Senior Leaving Certificate Examination (including Day School Certificate (Higher) General paper), 1948
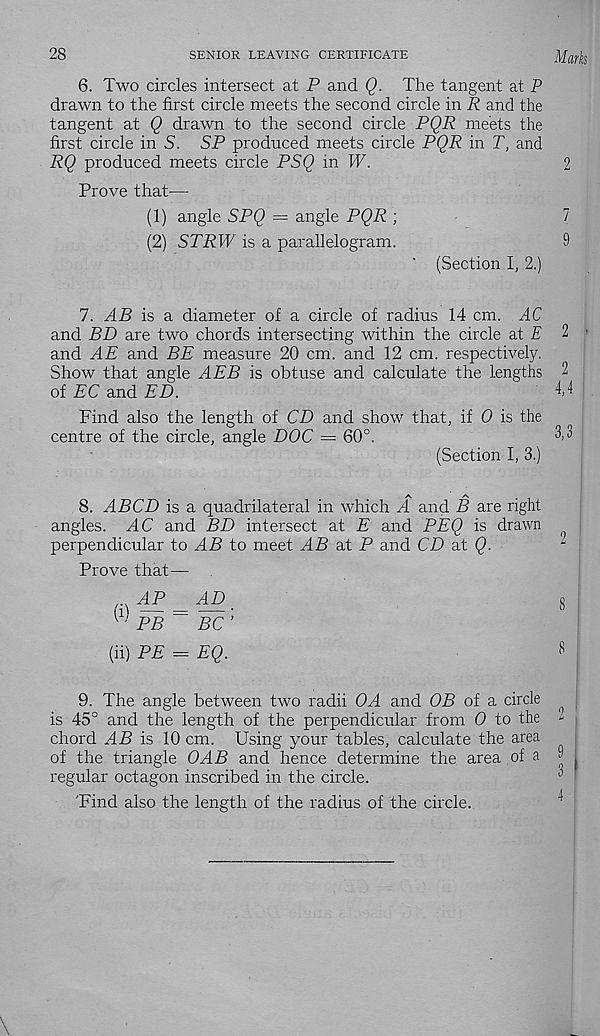
28
SENIOR LEAVING CERTIFICATE
Marks
6. Two circles intersect at P and Q. The tangent at P
drawn to the first circle meets the second circle in R and the
tangent at Q drawn to the second circle PQR meets the
first circle in 5. SP produced meets circle PQR in T, and
RQ produced meets circle PSQ in W.
2
Prove that—
(1) angle SPQ = angle PQR ;
7
(2) STRW is a parallelogram.
9
(Section I, 2.)
7. AB is a diameter of a circle of radius 14 cm. AC
and BD are two chords intersecting within the circle at £ 2 1
and AE and BE measure 20 cm. and 12 cm. respectively.
Show that angle AEB is obtuse and calculate the lengths 2
of EC and ED.
M
Find also the length of CD and show that, if 0 is the
centre of the circle, angle HOC = 60°.
3
(Section I, 3.)
8. ABCD is a quadrilateral in which A and B are right
angles. ^4C and BD intersect at E and PEQ is drawn
perpendicular to AB to meet AB at P and CD at Q.
Prove that—
AP
AD
(l ' PB~ BC ’
(ii) PE = EQ.
8
8
9. The angle between two radii OA and OB of a circle
is 45° and the length of the perpendicular from 0 to the -
chord AB is 10 cm. Using your tables, calculate the area
of the triangle OAB and hence determine the area of a 1
regular octagon inscribed in the circle.
1
'Find also the length of the radius of the circle.